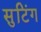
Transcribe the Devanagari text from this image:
सुटिंग